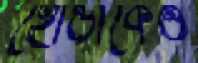
হোন্ডাকেও